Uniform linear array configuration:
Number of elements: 4
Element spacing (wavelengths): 0.25
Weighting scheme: blackman
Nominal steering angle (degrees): -15
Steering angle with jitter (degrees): -16.622
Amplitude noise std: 0.05
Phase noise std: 0.05

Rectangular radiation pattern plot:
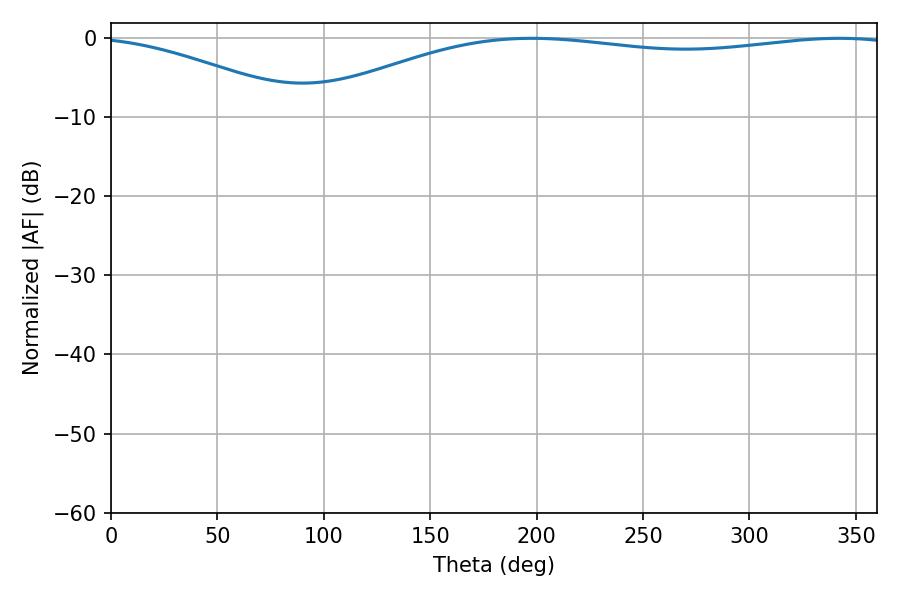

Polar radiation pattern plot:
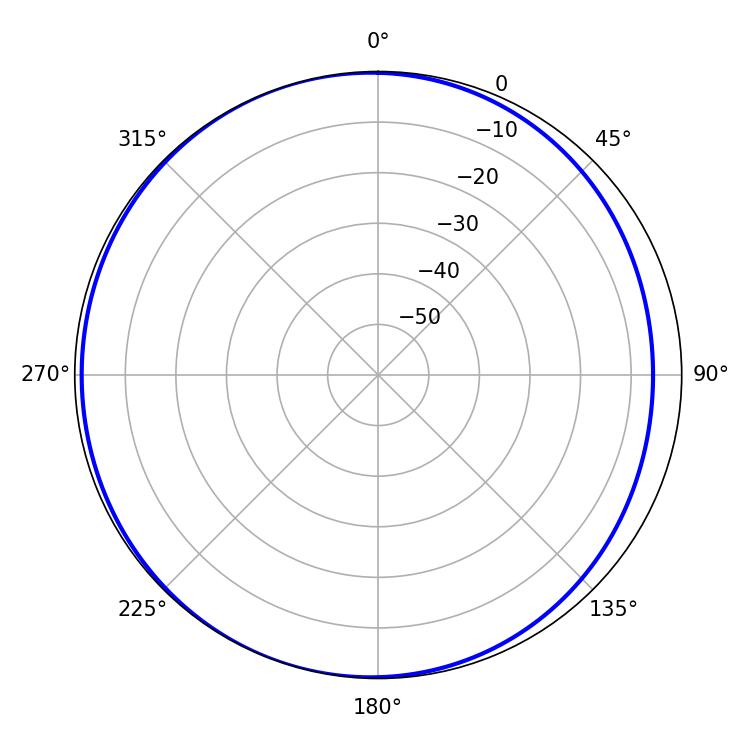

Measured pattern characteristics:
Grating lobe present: FALSE
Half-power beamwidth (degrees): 224.1
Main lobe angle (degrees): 197.64